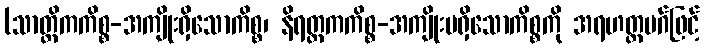
(သာတ္ထိကကိစ္စ-အကျိုးရှိသောကိစ္စ၊ နိရတ္ထကကိစ္စ-အကျိုးမရှိသောကိစ္စကို အရဟတ္တမဂ်ဖြင့်